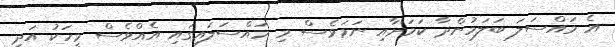
އެ މައްސަލަ ބަލަމުންދާ ކަމަށާއި ނަމަވެސް މި މައްސަލައިގައި އެއްވެސް މީހަކު އަދި